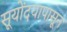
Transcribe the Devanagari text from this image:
सूयोंदयापासून